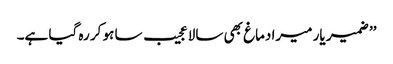
’’ ضمیر یار میرا دماغ بھی سالا عجیب سا ہو کر رہ گیا ہے۔